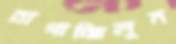
রাগাচ্ছিলুম